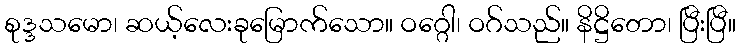
စုဒ္ဒသမော၊ ဆယ့်လေးခုမြောက်သော။ ဝဂ္ဂေါ၊ ဝဂ်သည်။ နိဋ္ဌိတော၊ ပြီးပြီ။